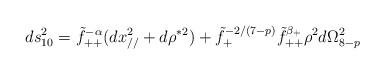
\begin{align*}ds^2_{10}=\tilde f_{++}^{-\alpha}(dx_{//}^2+d\rho ^{*2})+\tilde f_+^{-2/(7-p)}\tilde f_{++}^{\beta_+}\rho^{2}d\Omega_{8-p}^2\end{align*}